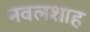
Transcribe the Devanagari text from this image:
नवलशाह